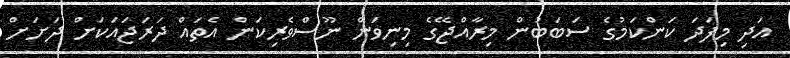
އަދި މިފަދަ ކަންކަމުގެ ސަބަބުން މިރާއްޖޭގެ މިނިވަން ނޫސްވެރިކަން އެތައް ދަރަޖައަކަށް ދަށަށް